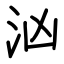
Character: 汹